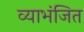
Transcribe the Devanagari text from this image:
व्याभंजित